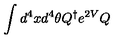
\int d ^ { 4 } x d ^ { 4 } \theta Q ^ { \dagger } e ^ { 2 V } Q